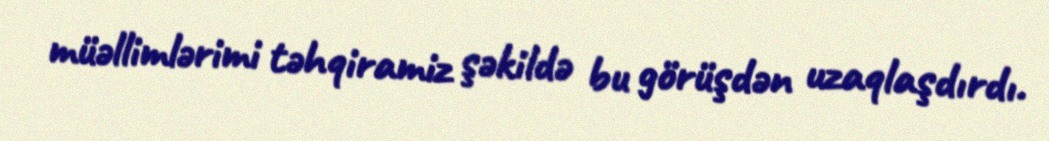
müəllimlərimi təhqiramiz şəkildə bu görüşdən uzaqlaşdırdı.